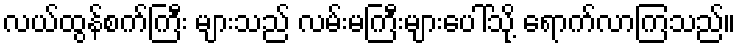
လယ်ထွန်စက်ကြီး များသည် လမ်းမကြီးများပေါ်သို့ ရောက်လာကြသည်။